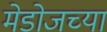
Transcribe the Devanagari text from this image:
मेडोजच्या